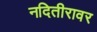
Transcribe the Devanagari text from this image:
नदितीरावर